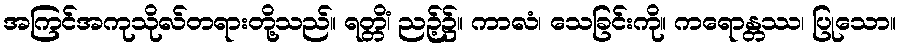
အကြင်အကုသိုလ်တရားတို့သည်။ ရတ္တိံ၊ ညဉ့်၌။ ကာလံ၊ သေခြင်းကို။ ကရောန္တဿ၊ ပြုသော။